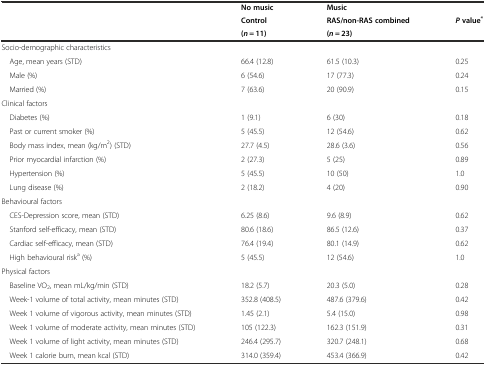
<table><thead><tr><td></td><td><b>No music</b></td><td><b>Music</b></td><td></td></tr><tr><td rowspan="2"></td><td><b>Control</b></td><td><b>RAS/non-RAS combined</b></td><td rowspan="2"><b><i>P</i>value<sup>*</sup></b></td></tr><tr><td><b>(<i>n</i> = 11)</b></td><td><b>(<i>n</i> = 23)</b></td></tr></thead><tbody><tr><td>Socio-demographic characteristics</td><td></td><td></td><td></td></tr><tr><td> Age, mean years (STD)</td><td>66.4 (12.8)</td><td>61.5 (10.3)</td><td>0.25</td></tr><tr><td> Male (%)</td><td>6 (54.6)</td><td>17 (77.3)</td><td>0.24</td></tr><tr><td> Married (%)</td><td>7 (63.6)</td><td>20 (90.9)</td><td>0.15</td></tr><tr><td>Clinical factors</td><td></td><td></td><td></td></tr><tr><td> Diabetes (%)</td><td>1 (9.1)</td><td>6 (30)</td><td>0.18</td></tr><tr><td> Past or current smoker (%)</td><td>5 (45.5)</td><td>12 (54.6)</td><td>0.62</td></tr><tr><td> Body mass index, mean (kg/m<sup>2</sup>) (STD)</td><td>27.7 (4.5)</td><td>28.6 (3.6)</td><td>0.56</td></tr><tr><td> Prior myocardial infarction (%)</td><td>2 (27.3)</td><td>5 (25)</td><td>0.89</td></tr><tr><td> Hypertension (%)</td><td>5 (45.5)</td><td>10 (50)</td><td>1.0</td></tr><tr><td> Lung disease (%)</td><td>2 (18.2)</td><td>4 (20)</td><td>0.90</td></tr><tr><td>Behavioural factors</td><td></td><td></td><td></td></tr><tr><td> CES-Depression score, mean (STD)</td><td>6.25 (8.6)</td><td>9.6 (8.9)</td><td>0.62</td></tr><tr><td> Stanford self-efficacy, mean (STD)</td><td>80.6 (18.6)</td><td>86.5 (12.6)</td><td>0.37</td></tr><tr><td> Cardiac self-efficacy, mean (STD)</td><td>76.4 (19.4)</td><td>80.1 (14.9)</td><td>0.62</td></tr><tr><td> High behavioural risk<sup>a</sup> (%)</td><td>5 (45.5)</td><td>12 (54.6)</td><td>1.0</td></tr><tr><td>Physical factors</td><td></td><td></td><td></td></tr><tr><td> Baseline VO<sub>2</sub>, mean mL/kg/min (STD)</td><td>18.2 (5.7)</td><td>20.3 (5.0)</td><td>0.28</td></tr><tr><td> Week-1 volume of total activity, mean minutes (STD)</td><td>352.8 (408.5)</td><td>487.6 (379.6)</td><td>0.42</td></tr><tr><td> Week 1 volume of vigorous activity, mean minutes (STD)</td><td>1.45 (2.1)</td><td>5.4 (15.0)</td><td>0.98</td></tr><tr><td> Week 1 volume of moderate activity, mean minutes (STD)</td><td>105 (122.3)</td><td>162.3 (151.9)</td><td>0.31</td></tr><tr><td> Week 1 volume of light activity, mean minutes (STD)</td><td>246.4 (295.7)</td><td>320.7 (248.1)</td><td>0.68</td></tr><tr><td> Week 1 calorie burn, mean kcal (STD)</td><td>314.0 (359.4)</td><td>453.4 (366.9)</td><td>0.42</td></tr></tbody></table>